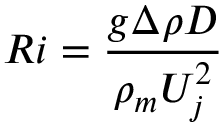
R i = \frac { g \Delta \rho D } { \rho _ { m } U _ { j } ^ { 2 } }